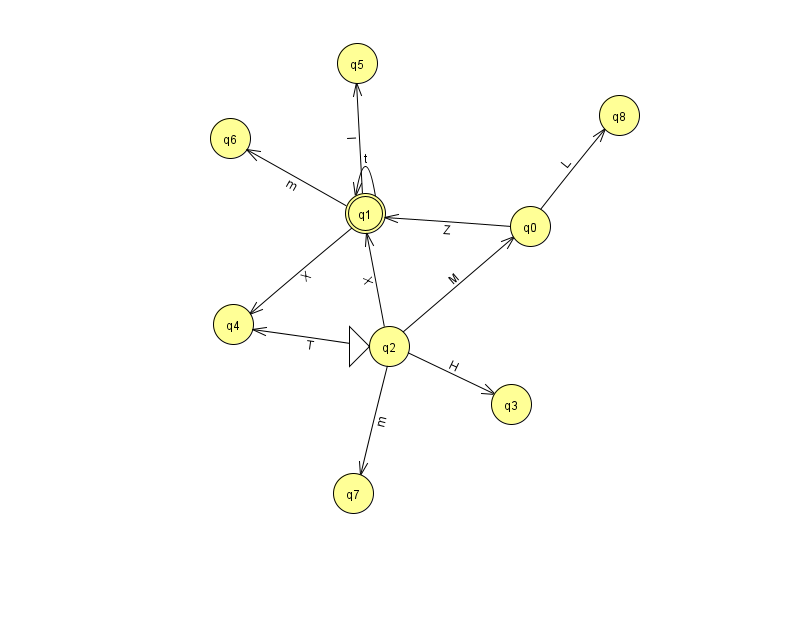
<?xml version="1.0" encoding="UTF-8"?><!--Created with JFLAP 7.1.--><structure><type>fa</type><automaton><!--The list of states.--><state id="0" name="q0"><x>530.0</x><y>213.0</y></state><state id="1" name="q1"><x>365.0</x><y>200.0</y><final/></state><state id="2" name="q2"><x>389.0</x><y>333.0</y><initial/></state><state id="3" name="q3"><x>511.0</x><y>391.0</y></state><state id="4" name="q4"><x>233.0</x><y>311.0</y></state><state id="5" name="q5"><x>357.0</x><y>50.0</y></state><state id="6" name="q6"><x>230.0</x><y>125.0</y></state><state id="7" name="q7"><x>353.0</x><y>480.0</y></state><state id="8" name="q8"><x>619.0</x><y>102.0</y></state><!--The list of transitions.--><transition><from>0</from><to>1</to><read>Z</read></transition><transition><from>1</from><to>6</to><read>m</read></transition><transition><from>2</from><to>1</to><read>X</read></transition><transition><from>1</from><to>1</to><read>t</read></transition><transition><from>2</from><to>3</to><read>H</read></transition><transition><from>1</from><to>5</to><read>I</read></transition><transition><from>2</from><to>4</to><read>T</read></transition><transition><from>0</from><to>8</to><read>L</read></transition><transition><from>1</from><to>4</to><read>X</read></transition><transition><from>2</from><to>7</to><read>m</read></transition><transition><from>2</from><to>0</to><read>M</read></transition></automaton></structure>